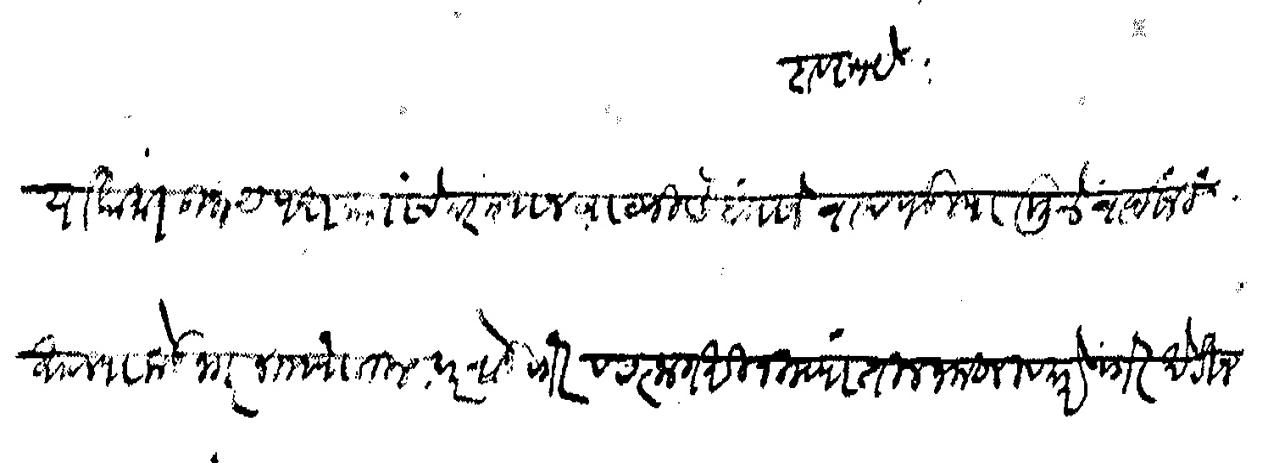
Transliteration (Devanagari): दाव रुपये या कामात उभय पक्षकारांचे दरम्यान वाटणी संबंधाने वाद पडल्यामुळे वादींनी आपल्याकडे नगर जिल्ह्यातील घर वाडे वगैरे व रत्नागिरी जिल्ह्यातील जमिनी व घरे वगैरे  खेरीज